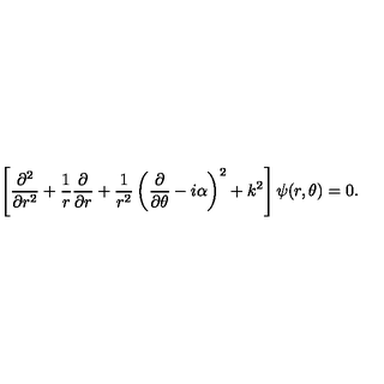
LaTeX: \left[ { \frac { \partial ^ { 2 } } { \partial r ^ { 2 } } } + { \frac { 1 } { r } } { \frac { \partial } { \partial r } } + { \frac { 1 } { r ^ { 2 } } } \left( { \frac { \partial } { \partial \theta } } - i \alpha \right) ^ { 2 } + k ^ { 2 } \right] \psi ( r , \theta ) = 0 .